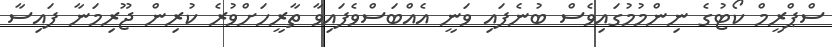
ސްޕްރީމް ކޯޓުގެ ނިންމުމުގައިވެސް ބުނެފައި ވަނީ އެއްބަސްވެފައިވާ ތާރީހަށްވުރެ ކުރިން ޖޫރިމަނާ ފައިސާ